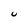
Character: U